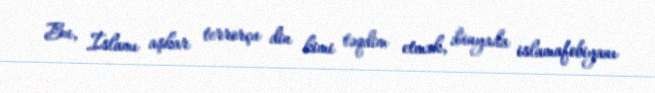
Bu, İslamı aşkar terrorçu din kimi təqdim etmək, dünyada islamafobiyanı